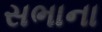
સભાના